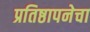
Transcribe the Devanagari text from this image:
प्रतिष्ठापनेचा